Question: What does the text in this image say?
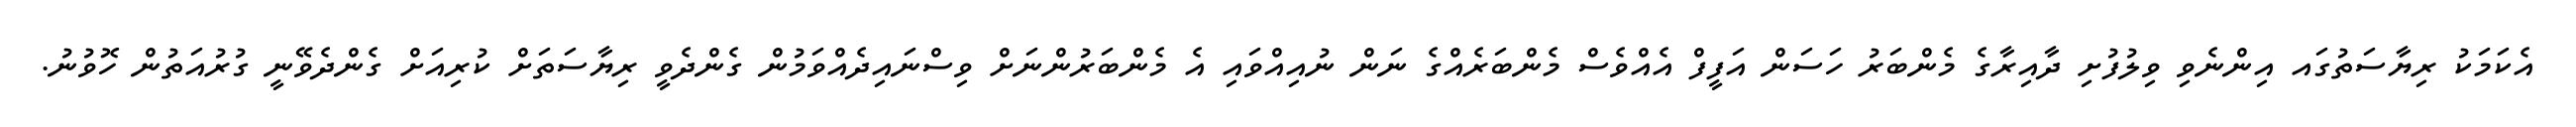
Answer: އެކަމަކު ރިޔާސަތުގައ އިންނެވި ވިލުފުށި ދާއިރާގެ މެންބަރު ހަސަން އަފީފް އެއްވެސް މެންބަރެއްގެ ނަން ނުއިއްވައި އެ މެންބަރުންނަށް ވިސްނައިދެއްވަމުން ގެންދެވީ ރިޔާސަތަށް ކުރިއަށް ގެންދެވޭނީ ގުރުއަތުން ހޮވުނު.